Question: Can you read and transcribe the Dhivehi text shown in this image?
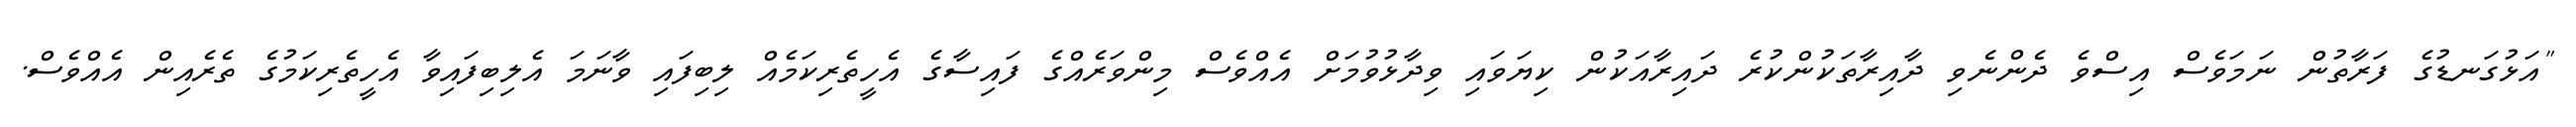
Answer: "އަޅުގަނޑުގެ ފަރާތުން ނަމަވެސް އިސްވެ ދެންނެވި ދާއިރާތަކުންކުރެ ދައިރާއަކުން ކިޔަވައި ވިދާޅުވުމަށް އެއްވެސް މިންވަރެއްގެ ފައިސާގެ އެހީތެރިކަމެއް ލިބިފައި ވާނަމަ އެލިބިފައިވާ އެހީތެރިކަމުގެ ތެރެއިން އެއްވެސް.